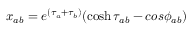
x _ { a b } = e ^ { ( \tau _ { a } + \tau _ { b } ) } ( \cosh \tau _ { a b } - c o s \phi _ { a b } )